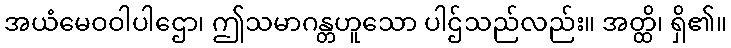
အယံမေဝဝါပါဌော၊ ဤသမာဂန္တဟူသော ပါဌ်သည်လည်း။ အတ္ထိ၊ ရှိ၏။